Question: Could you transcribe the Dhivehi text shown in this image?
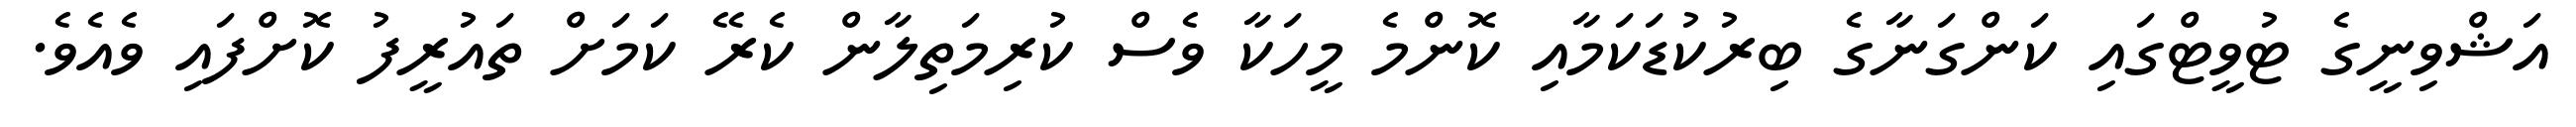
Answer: އަޝްވިނީގެ ޓުވީޓްގައި ކަންގަނާގެ ބިރުކުޑަކަމާއި ކޮންމެ މީހަކާ ވެސް ކުރިމަތިލާން ކެރޭ ކަމަށް ތައުރީފު ކޮށްފައި ވެއެވެ.